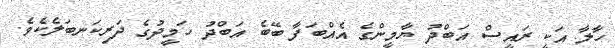
ހާލާ އަކީ ރައީސް އަބްދު ޔާމީންގެ އެއްބަފާ ބޭބެ އަބްދު ހަމީދުގެ ދަރިކަނބަލެކެވެ.